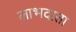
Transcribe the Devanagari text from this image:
लाभदाता